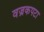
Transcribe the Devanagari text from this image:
वज्रकपटा